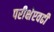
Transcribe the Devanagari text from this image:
परीक्षेएवढी